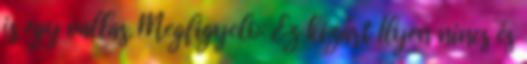
is egy vallas. Megfigyelo: Ez kizárt Ilyen nincs és